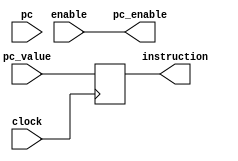
module fetch(
   input             clock,
   input             enable,
   input      [31:0] pc,
   output            pc_enable,
   input      [31:0] pc_value,
   output reg [31:0] instruction
);

   assign pc_enable = enable;

// for now this module is for illustrative purpose
   always @(negedge clock) begin
      instruction <= pc_value;
   end

   // PC can be used to prefetch a batch of instructions, complemented with
   // an OOO execution unit in execute module

endmodule